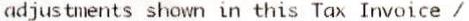
ADJUSTMENTS SHOWN IN THIS TAX INVOICE /